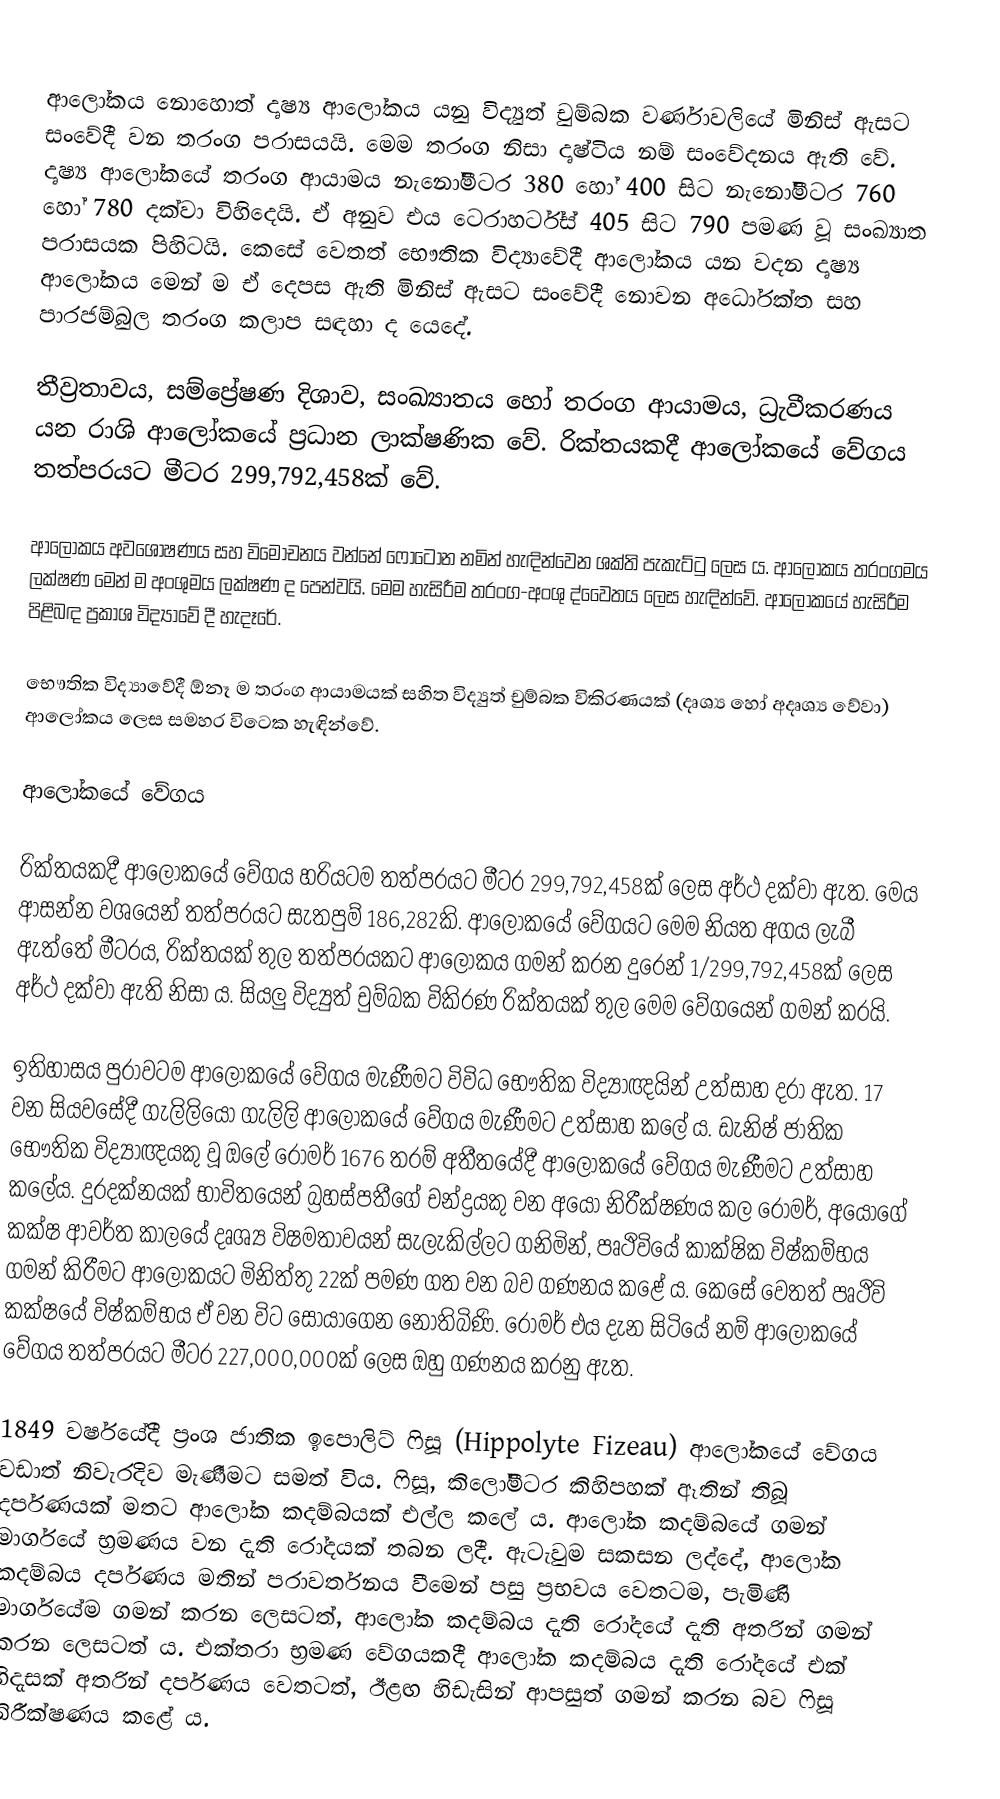
‍
ආලෝකය නොහොත් දෘෂ්‍ය ආලෝකය යනු විද්‍යුත් චුම්බක වර්ණාවලියේ මිනිස් ඇසට සංවේදී වන තරංග පරාසයයි. මෙම තරංග නිසා දෘෂ්ටිය නම් සංවේදනය ඇති වේ. දෘෂ්‍ය ආලෝකයේ තරංග ආයාමය නැනෝමීටර 380 හෝ 400 සිට නැනෝමීටර 760 හෝ 780 දක්වා විහිදෙයි. ඒ අනුව එය ටෙරාහර්ට්ස් 405 සිට 790 පමණ වූ සංඛ්‍යාත පරාසයක පිහිටයි. කෙසේ වෙතත් භෞතික විද්‍යාවේදී ආලෝකය යන වදන දෘෂ්‍ය ආලෝකය මෙන් ම ඒ දෙපස ඇති මිනිස් ඇසට සංවේදී නොවන අධෝරක්ත සහ පාරජම්බුල තරංග කලාප සඳහා ද යෙදේ.

තීව්‍රතාවය, සම්ප්‍රේෂණ දිශාව, සංඛ්‍යාතය හෝ තරංග ආයාමය, ධ්‍රැවීකරණය යන රාශි ආලෝකයේ ප්‍රධාන ලාක්ෂණික වේ. රික්ත‍යකදී ආලෝකයේ වේගය තත්පරයට මීටර 299,792,458ක් වේ.

ආලෝකය අවශෝෂණය සහ විමෝචනය වන්නේ ෆෝටෝන නමින් හැඳින්වෙන ශක්ති පැකැට්ටු ලෙස ය. ආලෝකය තරංගමය ලක්ෂණ මෙන් ම අංශුමය ලක්ෂණ ද පෙන්වයි. මෙම හැසිරීම තරංග-අංශු ද්වෛතය ලෙස හැ‍ඳින්වේ. ආලෝකයේ හැසිරීම පිළිබඳ ප්‍රකාශ විද්‍යාවේ දී හැදෑරේ.

භෞතික විද්‍යාවේදී ඕනෑ ම තරංග ආයාමයක් සහිත විද්‍යුත් චුම්බක විකිරණයක් (දෘශ්‍ය හෝ අදෘශ්‍ය වේවා) ආලෝකය ලෙස සමහර විටෙක හැඳින්වේ.

ආලෝකයේ වේගය

රික්තයකදී ආලෝකයේ වේගය හරියටම තත්පරයට මීටර 299,792,458ක් ලෙස අර්ථ දක්වා ඇත. මෙය ආසන්න වශයෙන් තත්පරයට සැතපුම් 186,282කි. ආලෝකයේ වේගයට මෙම නියත අගය ලැබී ඇත්තේ මීටරය, රික්තයක් තුල තත්පරයකට ආලෝකය ගමන් කරන දුරෙන් 1/299,792,458ක් ලෙස අර්ථ දක්වා ඇති නිසා ය. සියලු විද්‍යුත් චුම්බක විකිරණ රික්තයක් තුල මෙම වේගයෙන් ගමන් කරයි.

ඉතිහාසය පුරාවටම ආලෝකයේ වේගය මැණීමට විවිධ භෞතික විද්‍යාඥයින් උත්සාහ දරා ඇත. 17 වන සියවසේදී ගැලිලියෝ ගැලිලි ආලෝකයේ වේගය මැණීමට උත්සාහ කලේ ය. ඩැනිෂ් ජාතික භෞතික විද්‍යාඥයකු වූ ඔලේ රෝමර් 1676 තරම් අතීතයේදී ආලෝකයේ වේගය මැණීමට උත්සාහ කලේය. දුරදක්නයක් භාවිතයෙන් බ්‍රහස්පතීගේ චන්ද්‍රයකු වන අයෝ නිරීක්ෂණය කල රෝමර්, අයෝගේ කක්ෂ ආවර්ත කාලයේ දෘශ්‍ය විෂමතාවයන් සැලැකිල්ලට ගනිමින්, පෘථිවියේ කාක්ෂික විෂ්කම්භය ගමන් කිරීමට ආලෝකයට මිනිත්තු 22ක් පමණ ගත වන බව ගණනය කළේ ය. කෙසේ වෙතත් පෘථිවි කක්ෂයේ විෂ්කම්භය ඒ වන විට සොයාගෙන නොතිබිණි. රෝමර් එය දැන සිටියේ නම් ආලෝකයේ වේගය තත්පරයට මීටර 227,000,000ක් ලෙස ඔහු ගණනය කරනු ඇත.

1849 වර්ෂයේදී ප්‍රංශ ජාතික ඉපොලිට් ෆිසූ (Hippolyte Fizeau) ආලෝකයේ වේගය වඩාත් නිවැරදිව මැණීමට සමත් විය. ෆිසූ, කිලෝමීටර කිහිපහක් ඈතින් තිබූ දර්පණයක් මතට ආලෝක කදම්බයක් එල්ල කලේ ය. ආලෝක කදම්බයේ ගමන් මාර්ගයේ භ්‍රමණය වන දැති රෝදයක් තබන ලදී. ඇටැවුම සකසන ලද්දේ, ආලෝක කදම්බය දර්පණය මතින් පරාවර්තනය වීමෙන් පසු ප්‍රභවය වෙතටම, පැමිණි මාර්ගයේම ගමන් කරන ලෙසටත්, ආලෝක කදම්බය දැති රෝදයේ දැති අතරින් ගමන් කරන ලෙසටත්  ය. එක්තරා භ්‍රමණ වේගයකදී ආලෝක කදම්බය දැති රෝදයේ එක් හිදැසක් අතරින් දර්පණය වෙතටත්, ඊළඟ හිඩැසින් ආපසුත් ගමන් කරන බව ෆිසූ නිරීක්ෂණය කළේ ය.